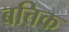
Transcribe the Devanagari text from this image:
बत्तिक